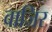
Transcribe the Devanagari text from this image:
वाजिर